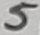
Text: 5